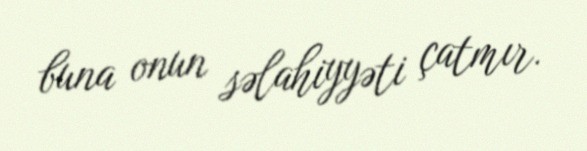
buna onun səlahiyyəti çatmır.